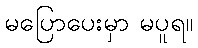
မပြောပေးမှာ မပူရ။